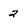
Character: 2